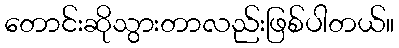
တောင်းဆိုသွားတာလည်းဖြစ်ပါတယ်။